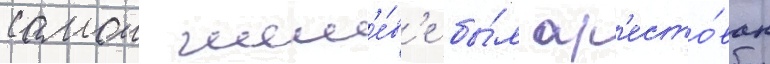
самои жен'е́в'е бы́л ар'есто́ван